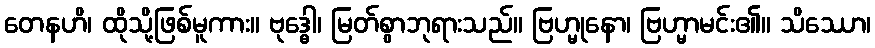
တေနဟိ၊ ထိုသို့ဖြစ်မူကား။ ဗုဒ္ဓေါ၊ မြတ်စွာဘုရားသည်။ ဗြဟ္မုနော၊ ဗြဟ္မာမင်း၏။ သိဿော၊